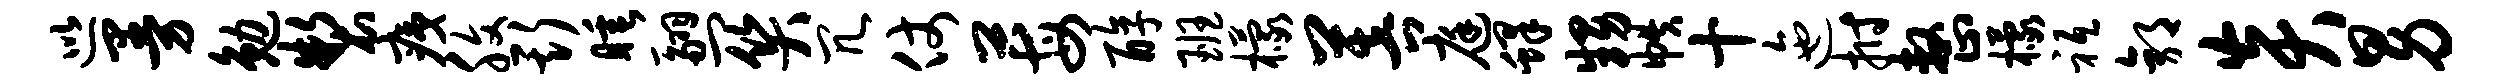
巡曼勉制痍腹斯睡翮关冗仗莓醇班檬菩庭蜂甥帙十迤拊整檬祗郭炎男